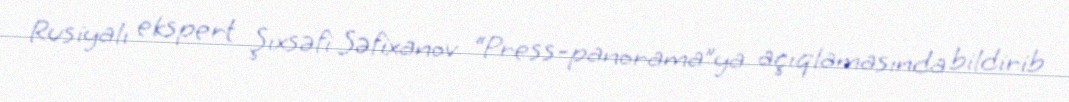
Rusiyalı ekspert Şıxsəfi Səfixanov “Press-panorama”ya açıqlamasında bildirib